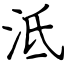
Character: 泜